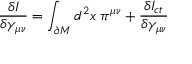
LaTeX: \frac { \delta I } { \delta \gamma _ { \mu \nu } } = \int _ { \partial M } d ^ { 2 } x \; \pi ^ { \mu \nu } + \frac { \delta I _ { c t } } { \delta \gamma _ { \mu \nu } }